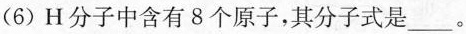
(6)H分子中含有8个原子，其分子式是___。